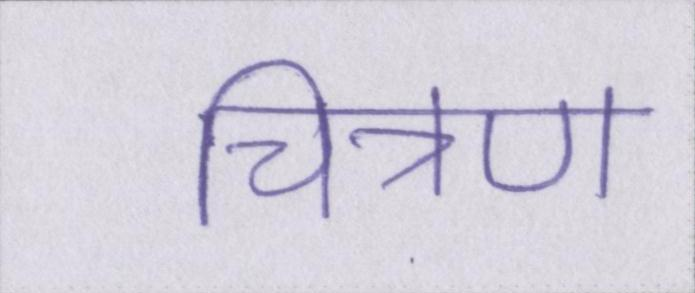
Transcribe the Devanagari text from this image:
चित्रण